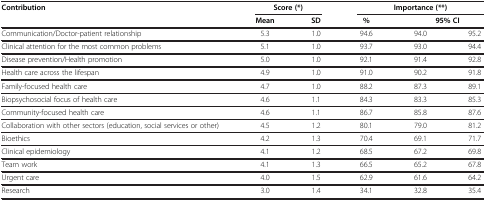
<table><thead><tr><td rowspan="2"><b>Contribution</b></td><td colspan="2"><b>Score (*)</b></td><td colspan="3"><b>Importance (**)</b></td></tr><tr><td><b>Mean</b></td><td><b>SD</b></td><td><b>%</b></td><td colspan="2"><b>95% CI</b></td></tr></thead><tbody><tr><td>Communication/Doctor-patient relationship</td><td>5.3</td><td>1.0</td><td>94.6</td><td>94.0</td><td>95.2</td></tr><tr><td>Clinical attention for the most common problems</td><td>5.1</td><td>1.0</td><td>93.7</td><td>93.0</td><td>94.4</td></tr><tr><td>Disease prevention/Health promotion</td><td>5.0</td><td>1.0</td><td>92.1</td><td>91.4</td><td>92.8</td></tr><tr><td>Health care across the lifespan</td><td>4.9</td><td>1.0</td><td>91.0</td><td>90.2</td><td>91.8</td></tr><tr><td>Family-focused health care</td><td>4.7</td><td>1.0</td><td>88.2</td><td>87.3</td><td>89.1</td></tr><tr><td>Biopsychosocial focus of health care</td><td>4.6</td><td>1.1</td><td>84.3</td><td>83.3</td><td>85.3</td></tr><tr><td>Community-focused health care</td><td>4.6</td><td>1.1</td><td>86.7</td><td>85.8</td><td>87.6</td></tr><tr><td>Collaboration with other sectors (education, social services or other)</td><td>4.5</td><td>1.2</td><td>80.1</td><td>79.0</td><td>81.2</td></tr><tr><td>Bioethics</td><td>4.2</td><td>1.3</td><td>70.4</td><td>69.1</td><td>71.7</td></tr><tr><td>Clinical epidemiology</td><td>4.1</td><td>1.2</td><td>68.5</td><td>67.2</td><td>69.8</td></tr><tr><td>Team work</td><td>4.1</td><td>1.3</td><td>66.5</td><td>65.2</td><td>67.8</td></tr><tr><td>Urgent care</td><td>4.0</td><td>1.5</td><td>62.9</td><td>61.6</td><td>64.2</td></tr><tr><td>Research</td><td>3.0</td><td>1.4</td><td>34.1</td><td>32.8</td><td>35.4</td></tr></tbody></table>